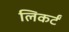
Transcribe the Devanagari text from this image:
लिकर्टं